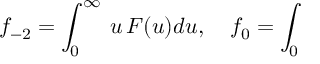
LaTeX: f _ { - 2 } = \int _ { 0 } ^ { \infty } \, u \, F ( u ) d u , \quad f _ { 0 } = \int _ { 0 }